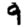
Digit: 9